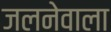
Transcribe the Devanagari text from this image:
जलनेवाला